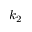
k _ { 2 }